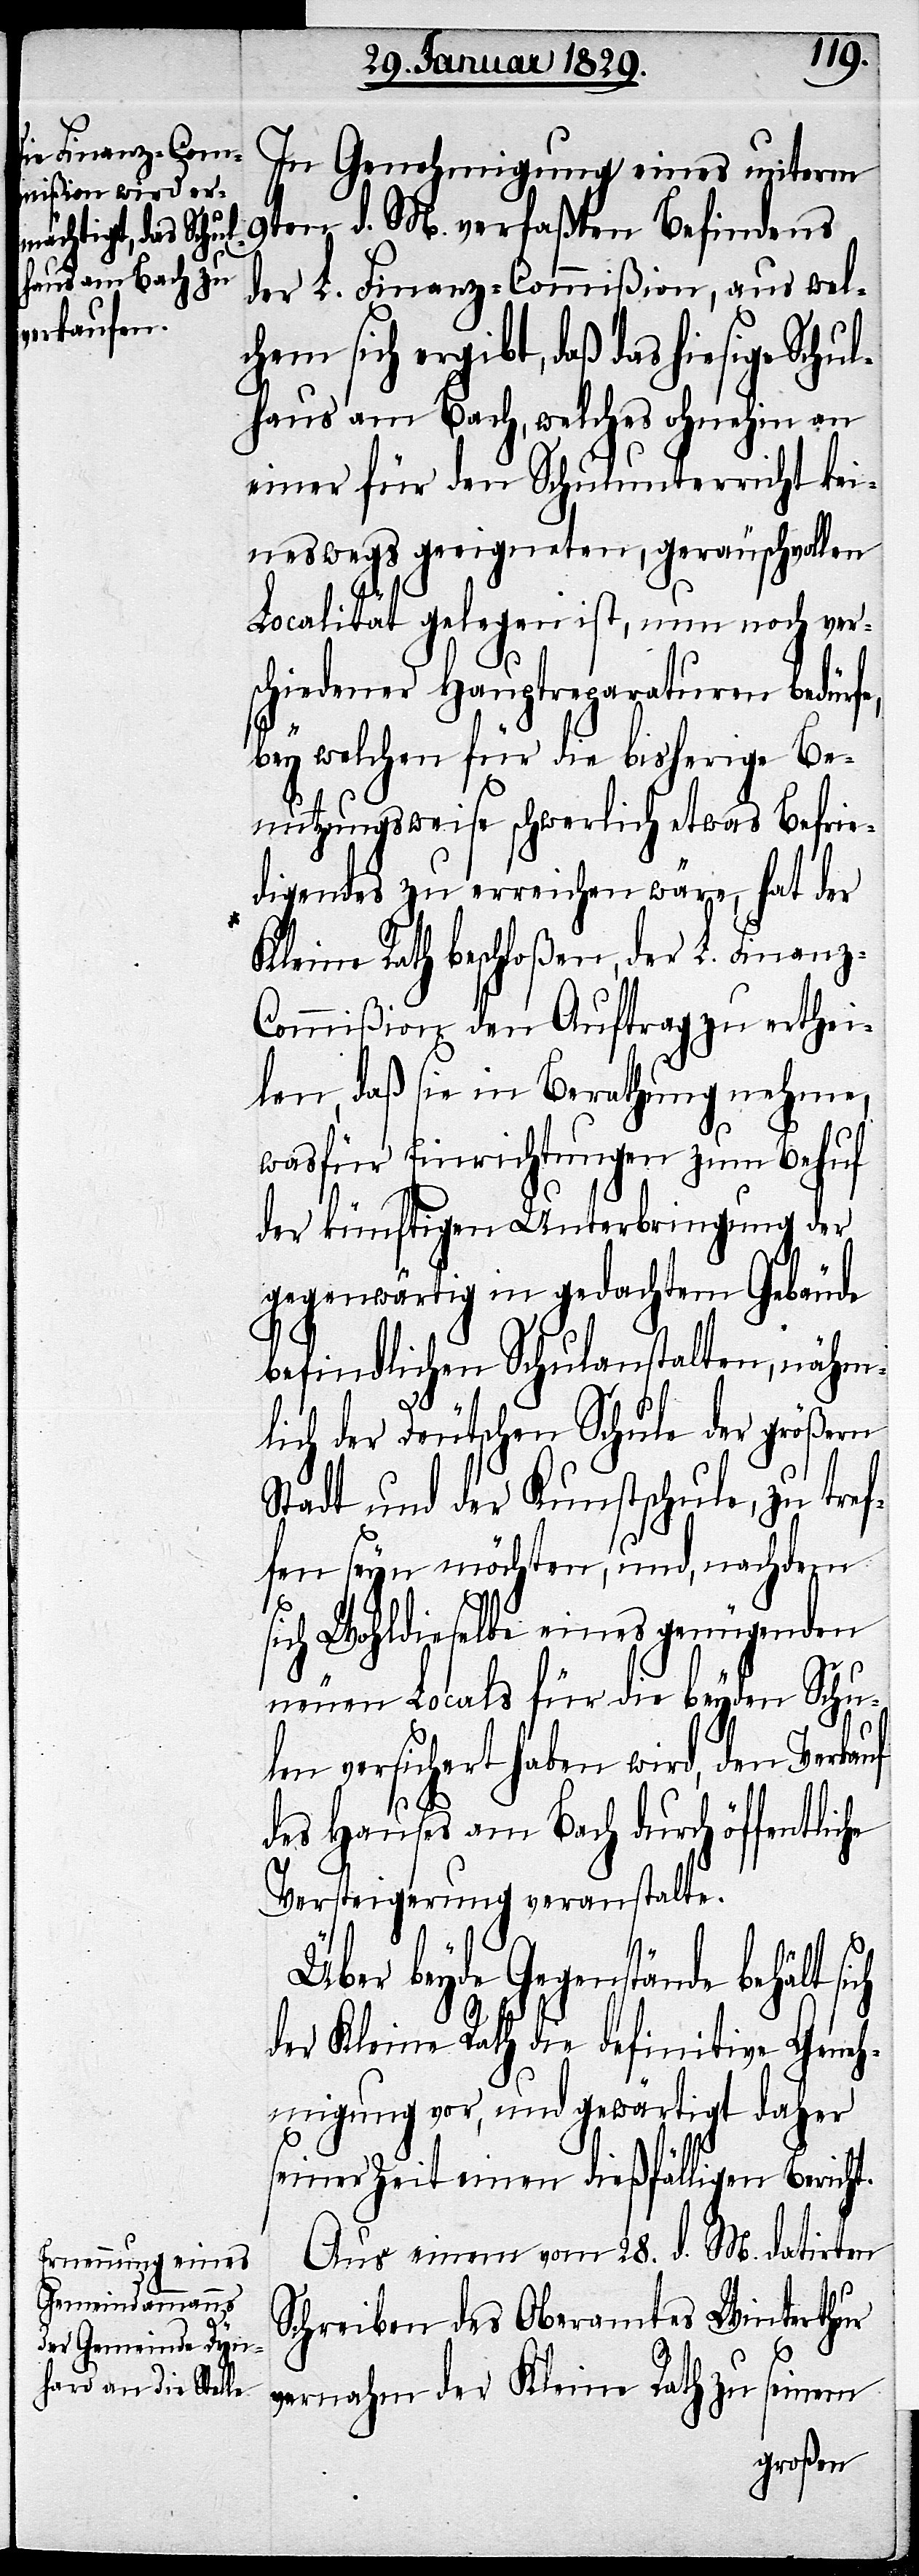
che

In Genehmigung eines unterm
9ten d. M. verfaßten Befindens
der L. Finanz-Commißion, aus wel¬
chem sich ergibt, daß das hiesige Schu¬
lhaus am Bach, welches ohnehin an
einer für den Schulunterricht kei¬
neswegs geeigneten, geräuschvollen
Localität gelegen ist, nun noch ver¬
schiedener Hauptreparaturen bedürfe,
bey welchen für die bisherige Be¬
nutzungsweise schwerlich etwas Befrie¬
digendes zu erreichen wäre, hat der
Kleine Rath beschloßen, der L. Finanz-C¬
ommißion den Auftrag zu erthei¬
len, daß sie in Berathung nehme,
wasfür Einrichtungen zum Behuf
der künftigen Unterbringung der
gegenwärtig in gedachtem Gebäude
befindlichen Schulanstalten, nähm¬
lich der Deutschen Schule der größern
Stadt und der Kunstschule, zu tref¬
fen seyn möchten, und, nachdem
ich Wohldieselbe eines genügenden
neuen Locals für die beyden Schu¬
s¬
len versichert haben wird, den Verkauf
des Hauses am Bach durch öffentli¬
Versteigerung veranstalte.
Über beyde Gegenstände behält
der Kleine Rath die definitive Geneh¬
migung vor, und gewärtigt daher
seiner Zeit einen dießfälligen Bericht.
Aus einem vom 28. d. M. datirten
Schreiben des Oberamtes Winterthur
vernahm der Kleine Rath zu seinem